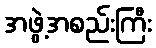
အဖွဲ့အစည်းကြီး